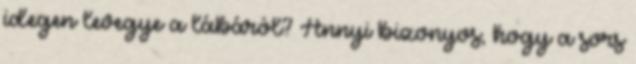
idegen levegye a lábáról? Annyi bizonyos, hogy a sors